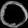
Digit: ၀